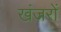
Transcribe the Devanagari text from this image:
खंजरों